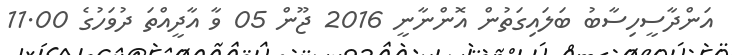
އަންދާސީހިސާބު ބަލައިގަތުން އޮންނާނީ 2016 ޖޫން 05 ވާ އާދީއްތަ ދުވަހުގެ 11.00